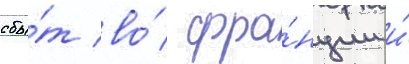
сбы́т во́ фра́нции и́